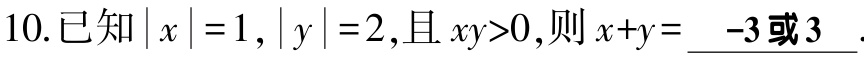
10.已知\(\vert x\vert = 1\)，\(\vert y\vert = 2\)，且\(xy>0\)，则\(x + y=\) \(-3或3\).